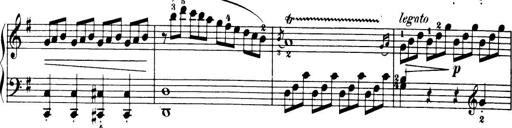
Title: 32 Sonatinas and Rondos for the Piano
Composer: Richard Kleinmichel